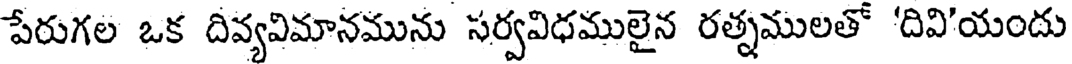
పేరుగల ఒక దివ్యవిమానమును సర్వవిధములైన రత్నములతో 'దివి'యందు